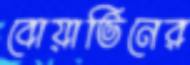
বোয়াভিনের